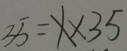
3 5 = x \times 3 5